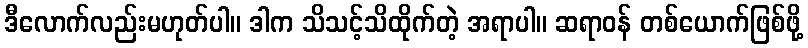
ဒီလောက်လည်းမဟုတ်ပါ။ ဒါက သိသင့်သိထိုက်တဲ့ အရာပါ။ ဆရာဝန် တစ်ယောက်ဖြစ်ဖို့